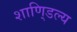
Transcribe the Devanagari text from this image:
शाणि्डल्य